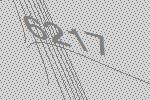
6217